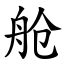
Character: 舱